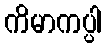
ကိမာကပ္ပါ